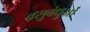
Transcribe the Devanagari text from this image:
वसुबंधुओं